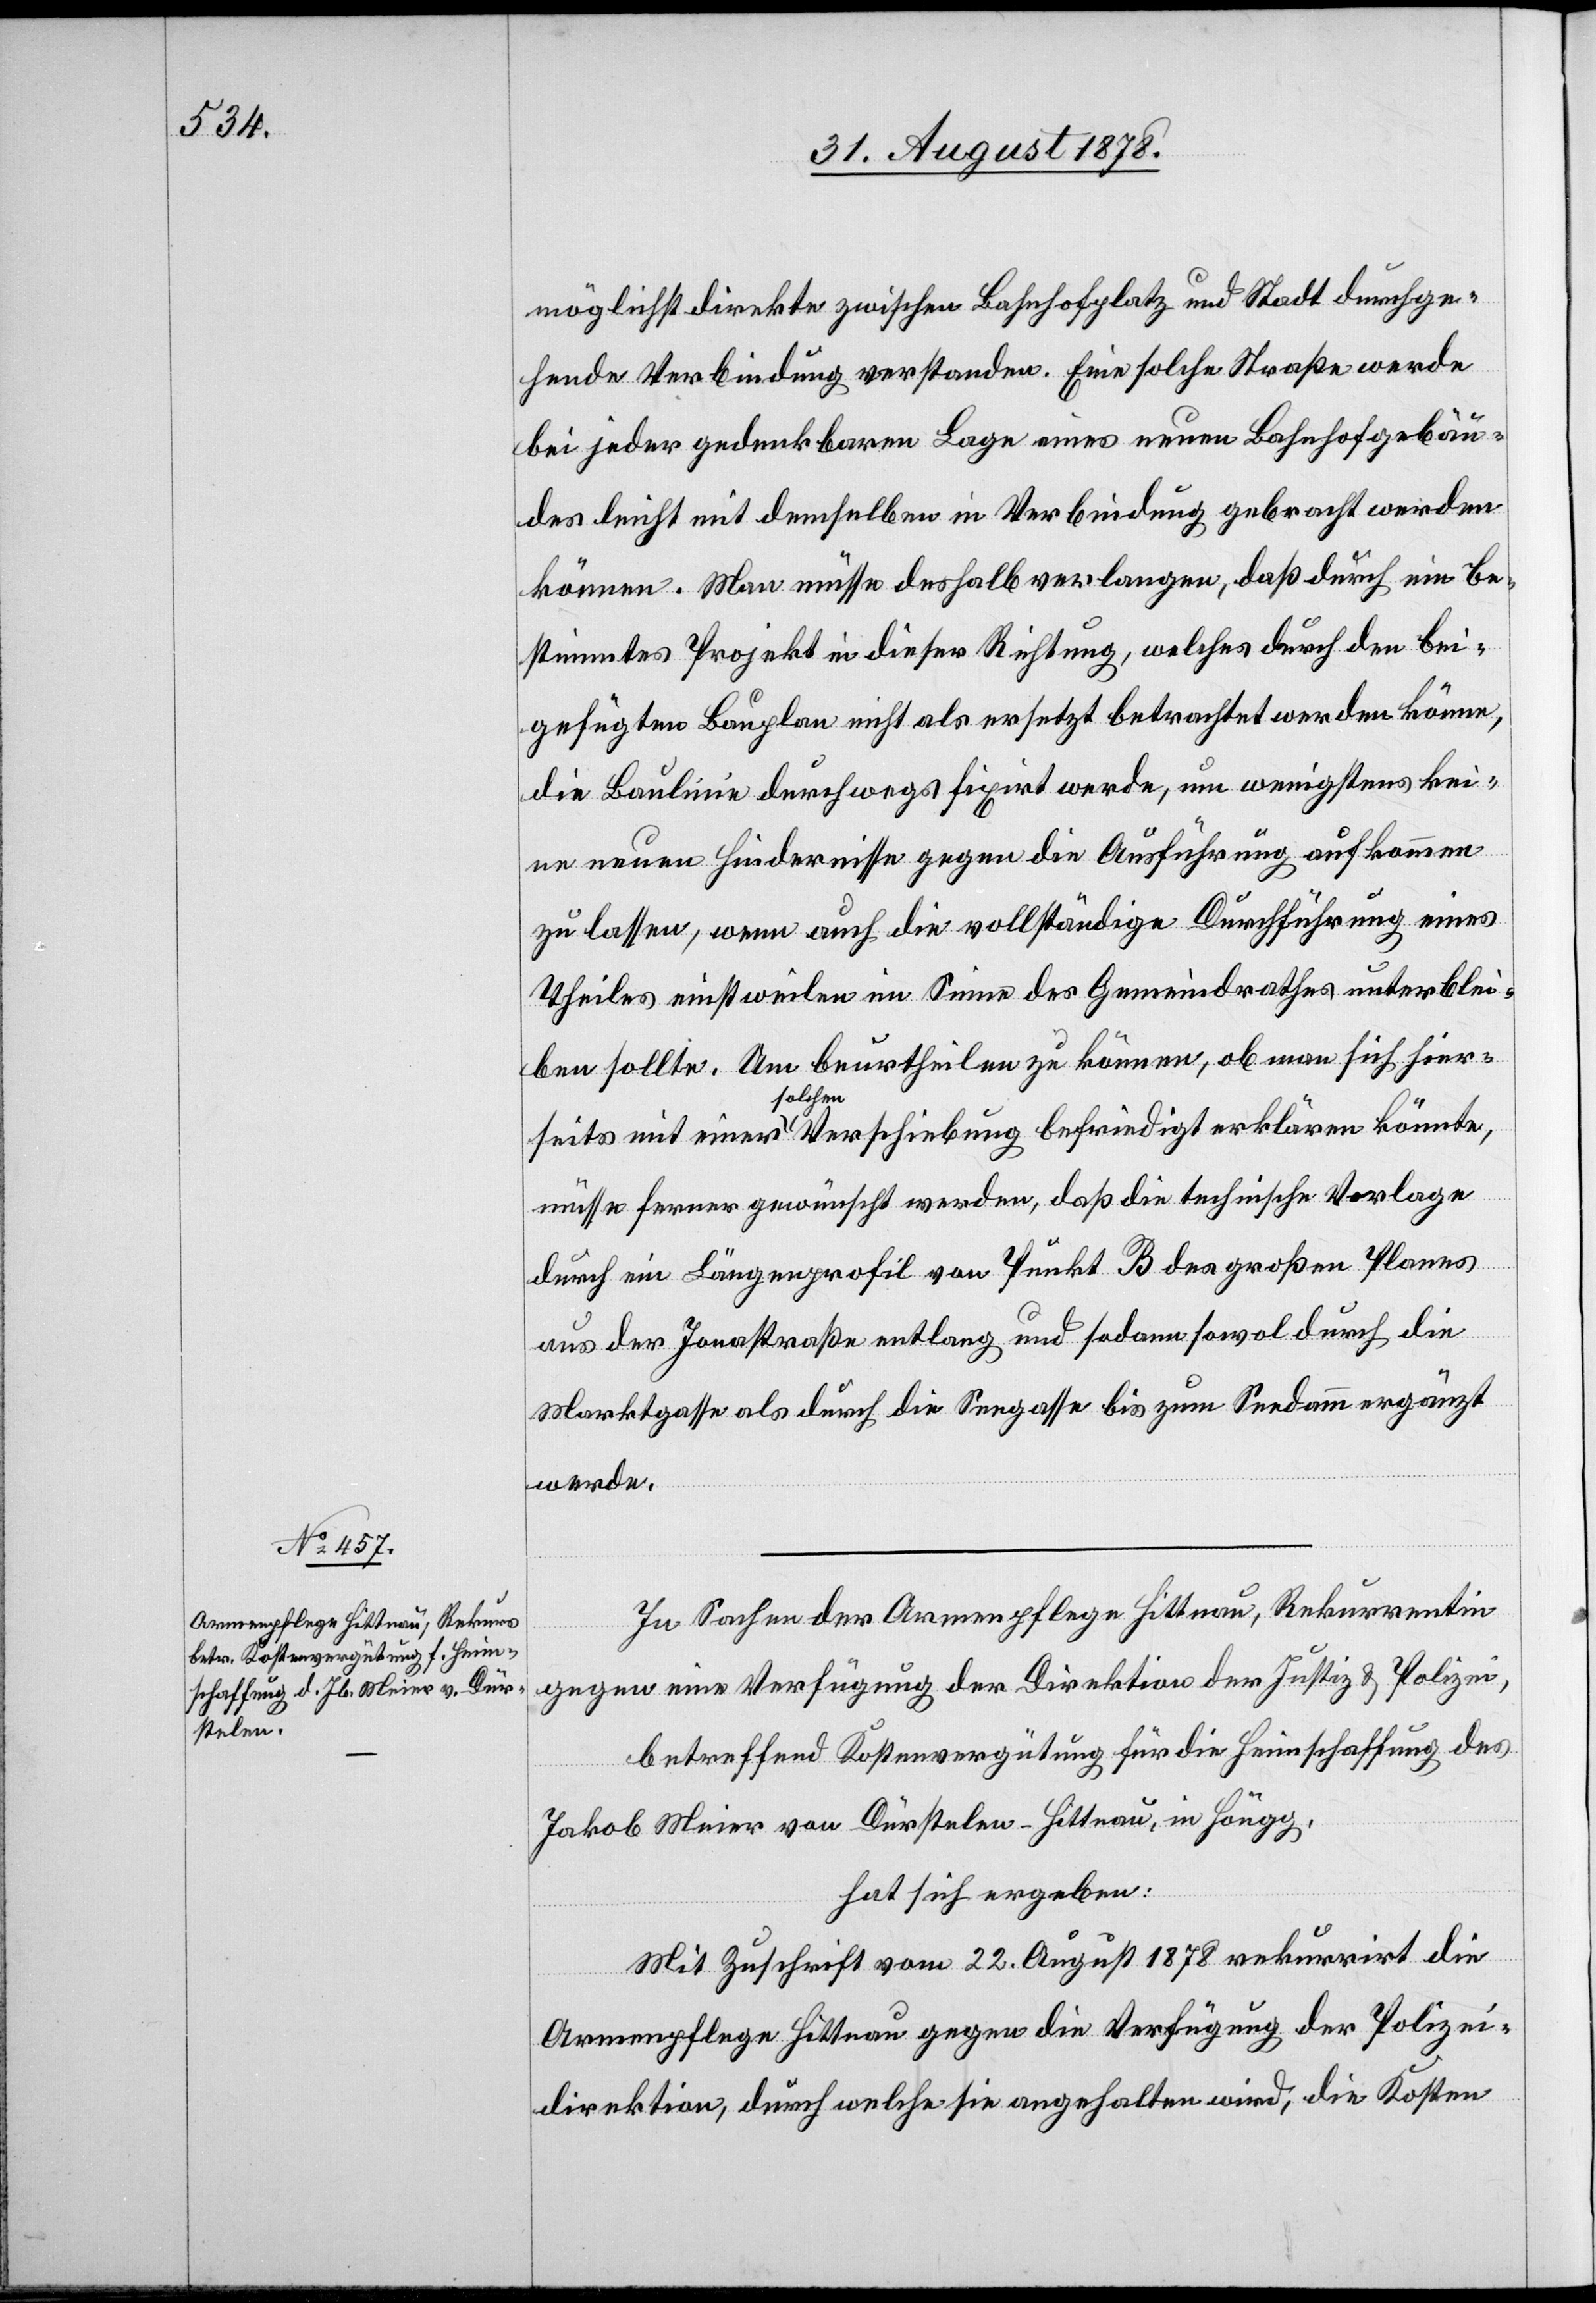
möglichst direkte zwischen Bahnhofplatz und Stadt durchge¬
hende Verbindung verstanden. Eine solche Straße werde
bei jeder gedenkbaren Lage eines neuen Bahnhofgebäu¬
des leicht mit demselben in Verbindung gebracht werden
können. Man müsse deshalb verlangen, daß durch ein be¬
stimmtes Projekt in dieser Richtung, welches durch den bei¬
gefügten Bauplan nicht als ersetzt betrachtet werden könne,
die Baulinie durchwegs fixirt werde, um wenigstens kei¬
ne neuen Hindernisse gegen die Ausführung aufkommen
zu lassen, wenn auch die vollständige Durchführung eines
Theiles einstweilen im Sinne des Gemeindrathes unterblei¬
ben sollte. Um beurtheilen zu können, ob man sich hier¬
seits mit einer solchen Verschiebung befriedigt erklären könnte,
müsse ferner gewünscht werden, daß die technische Vorlage
durch ein Längenprofil von Punkt B des großen Planes
aus der Jonastraße entlang und sodann sowol durch die
Martkgasse als durch die Seegasse bis zum Seedamm ergänzt
werde.
In Sachen der Armenpflege Hittnau, Rekurrentin
gegen eine Verfügung der Direktion der Justiz & Polizei,
betreffend Kostenvergütung für die Heimschaffung des
Jakob Meier von Dürstelen - Hittnau, in Höngg,
hat sich ergeben:
Mit Zuschrift vom 22. August 1878 rekurrirt die
Armenpflege Hittnau gegen die Verfügung der Polizei¬
direktion, durch welche sie angehalten wird, die Kosten